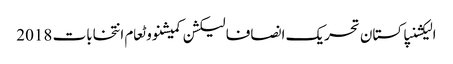
الیکشنپاکستان تحریک انصافالیکشن کمیشنووٹعام انتخابات 2018